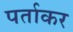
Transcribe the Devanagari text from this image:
पर्ताकर